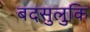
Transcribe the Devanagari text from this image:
बदसुलुकि